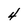
Character: 4